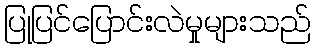
ပြုပြင်ပြောင်းလဲမှုများသည်